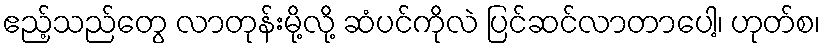
ဧည့်သည်တွေ လာတုန်းမို့လို့ ဆံပင်ကိုလဲ ပြင်ဆင်လာတာပေါ့၊ ဟုတ်စ၊